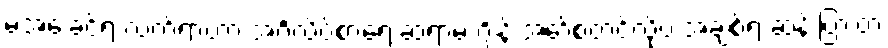
မအေးခင်ရဲ့ လက်ရာဟာ အင်္ဂလိပ်စာရေးဆရာမ ဂျိန်းအော်စတင်လိုပဲ အချစ်ရဲ့ ဆန်းပြားတဲ့